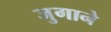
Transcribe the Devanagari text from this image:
जुगाने